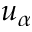
u _ { \alpha }